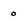
Character: 0